Indian journal of veterinary science and animal husbandry - Volume 14,
Year: 1944
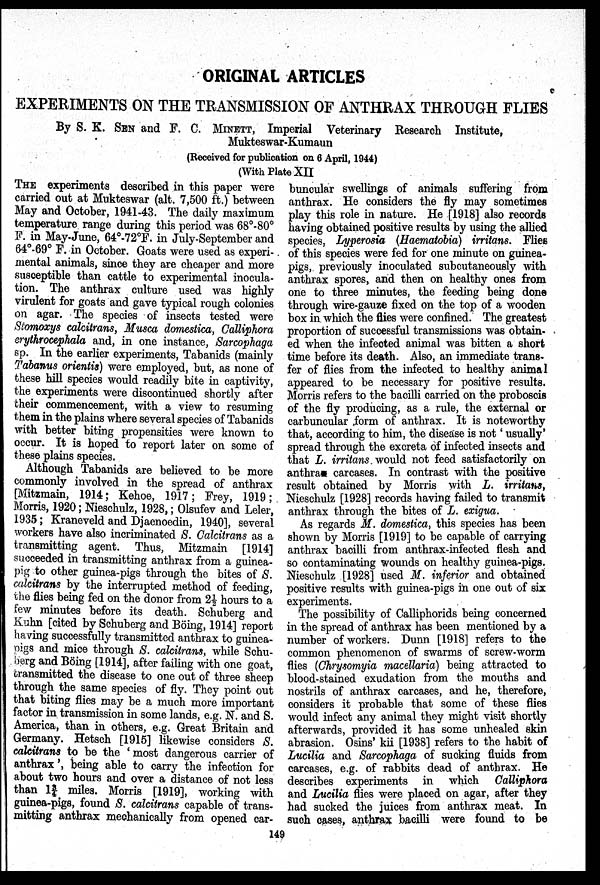
ORIGINAL ARTICLES
EXPERIMENTS ON THE TRANSMISSION OF ANTHRAX THROUGH FLIES
By S. K. SEN and F. C. MINETT, Imperial Veterinary Research Institute,
Mukteswar-Kumaun
(Received for publication on 6 April, 1944)
(With Plate XII
THE experiments described in this paper were
carried out at Mukteswar (alt. 7,500 ft.) between
May and October, 1941-43. The daily maximum
temperature range during this period was 68°-80°
F. in May-June, 64°-72°F. in July-September and
64°-69° F. in October. Goats were used as experi-
mental animals, since they are cheaper and more
susceptible than cattle to experimental inocula-
tion. The anthrax culture used was highly
virulent for goats and gave typical rough colonies
on agar. The species of insects tested were
Stomoxys calcitrans, Musca domestica, Calliphora
erythrocephala and, in one instance, Sarcophaga
sp. In the earlier experiments, Tabanids (mainly
Tabanus orientis) were employed, but, as none of
these hill species would readily bite in captivity,
the experiments were discontinued shortly after
their commencement, with a view to resuming
them in the plains where several species of Tabanids
with better biting propensities were known to
occur. It is hoped to report later on some of
these plains species.
Although Tabanids are believed to be more
commonly involved in the spread of anthrax
[Mitzmain, 1914; Kehoe, 1917; Frey, 1919;
Morris, 1920; Nieschulz, 1928,; Olsufev and Leler,
1935; Kraneveld and Djaenoedin, 1940], several
workers have also incriminated S. Calcitrans as a
transmitting agent. Thus, Mitzmain [1914]
succeeded in transmitting anthrax from a guinea-
pig to other guinea-pigs through the bites of S.
calcitrans by the interrupted method of feeding,
the flies being fed on the donor from 2½ hours to a
few minutes before its death. Schuberg and
Kuhn [cited by Schuberg and Böing, 1914] report
having successfully transmitted anthrax to guinea-
pigs and mice through S. calcitrans, while Schu-
berg and Böing [1914], after failing with one goat,
transmitted the disease to one out of three sheep
through the same species of fly. They point out
that biting flies may be a much more important
factor in transmission in some lands, e.g. N. and S.
America, than in others, e.g. Great Britain and
Germany. Hetsch [1915] likewise considers S.
calcitrans to be the 'most dangerous carrier of
anthrax', being able to carry the infection for
about two hours and over a distance of not less
than 1¾ miles. Morris [1919], working with
guinea-pigs, found S. calcitrans capable of trans-
mitting anthrax mechanically from opened car-
buncular swellings of animals suffering from
anthrax. He considers the fly may sometimes
play this role in nature. He [1918] also records
having obtained positive results by using the allied
species, Lyperosia (Haematobia) irritans. Flies
of this species were fed for one minute on guinea-
pigs, previously inoculated subcutaneously with
anthrax spores, and then on healthy ones from
one to three minutes, the feeding being done
through wire-gauze fixed on the top of a wooden
box in which the flies were confined. The greatest
proportion of successful transmissions was obtain-
ed when the infected animal was bitten a short
time before its death. Also, an immediate trans-
fer of flies from the infected to healthy animal
appeared to be necessary for positive results.
Morris refers to the bacilli carried on the proboscis
of the fly producing, as a rule, the external or
carbuncular form of anthrax. It is noteworthy
that, according to him, the disease is not ' usually '
spread through the excreta of infected insects and
that L. irritans. would not feed satisfactorily on
anthra carcases. In contrast with the positive
result obtained by Morris with L. irritans,
Nieschulz [1928] records having failed to transmit
anthrax through the bites of L. exigua.
As regards M. domestica, this species has been
shown by Morris [1919] to be capable of carrying
anthrax bacilli from anthrax-infected flesh and
so contaminating wounds on healthy guinea-pigs.
Nieschulz [1928] used M. inferior and obtained
positive results with guinea-pigs in one out of six
experiments.
The possibility of Calliphorids being concerned
in the spread of anthrax has been mentioned by a
number of workers. Dunn [1918] refers to the
common phenomenon of swarms of screw-worm
flies (Chrysomyia macellaria) being attracted to
blood-stained exudation from the mouths and
nostrils of anthrax carcases, and he, therefore,
considers it probable that some of these flies
would infect any animal they might visit shortly
afterwards, provided it has some unhealed skin
abrasion. Osins' kii [1938] refers to the habit of
Lucilia and Sarcophaga of sucking fluids from
carcases, e.g. of rabbits dead of anthrax. He
describes experiments in which Calliphora
and Lucilia flies were placed on agar, after they
had sucked the juices from anthrax meat. In
such cases, anthrax bacilli were found to be
149